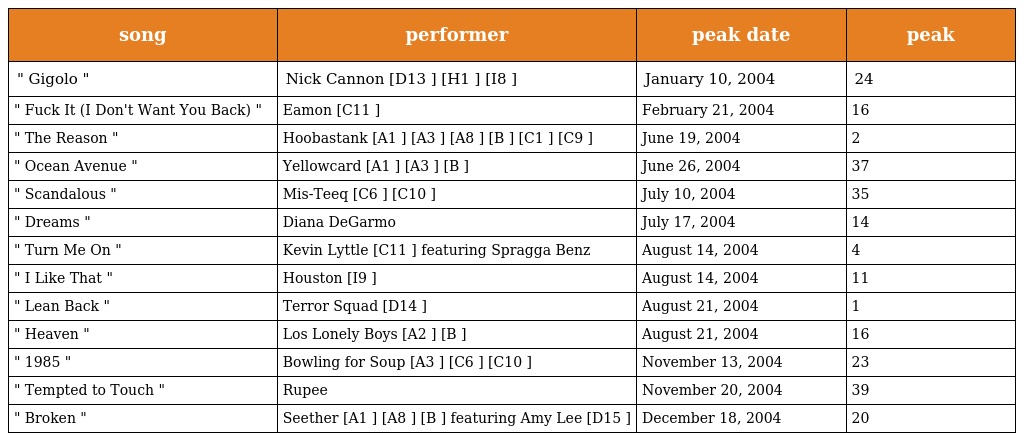
| song | performer | peak date | peak |
 | --- | --- | --- | --- |
 | " Gigolo " | Nick Cannon [D13 ] [H1 ] [I8 ] | January 10, 2004 | 24 |
 | " Fuck It (I Don't Want You Back) " | Eamon [C11 ] | February 21, 2004 | 16 |
 | " The Reason " | Hoobastank [A1 ] [A3 ] [A8 ] [B ] [C1 ] [C9 ] | June 19, 2004 | 2 |
 | " Ocean Avenue " | Yellowcard [A1 ] [A3 ] [B ] | June 26, 2004 | 37 |
 | " Scandalous " | Mis-Teeq [C6 ] [C10 ] | July 10, 2004 | 35 |
 | " Dreams " | Diana DeGarmo | July 17, 2004 | 14 |
 | " Turn Me On " | Kevin Lyttle [C11 ] featuring Spragga Benz | August 14, 2004 | 4 |
 | " I Like That " | Houston [I9 ] | August 14, 2004 | 11 |
 | " Lean Back " | Terror Squad [D14 ] | August 21, 2004 | 1 |
 | " Heaven " | Los Lonely Boys [A2 ] [B ] | August 21, 2004 | 16 |
 | " 1985 " | Bowling for Soup [A3 ] [C6 ] [C10 ] | November 13, 2004 | 23 |
 | " Tempted to Touch " | Rupee | November 20, 2004 | 39 |
 | " Broken " | Seether [A1 ] [A8 ] [B ] featuring Amy Lee [D15 ] | December 18, 2004 | 20 |